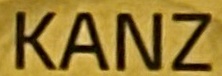
KANZ